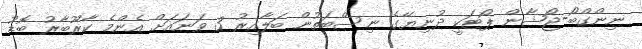
ނިންގްބޯ-ޖޯޝާން ޕޯޓަކީ ދުނިޔޭގެ ނިސްބަތުން ބަލާއިރު 3 ވަނައަށް އެންމެ ކާރޫބާރު ބޮޑު